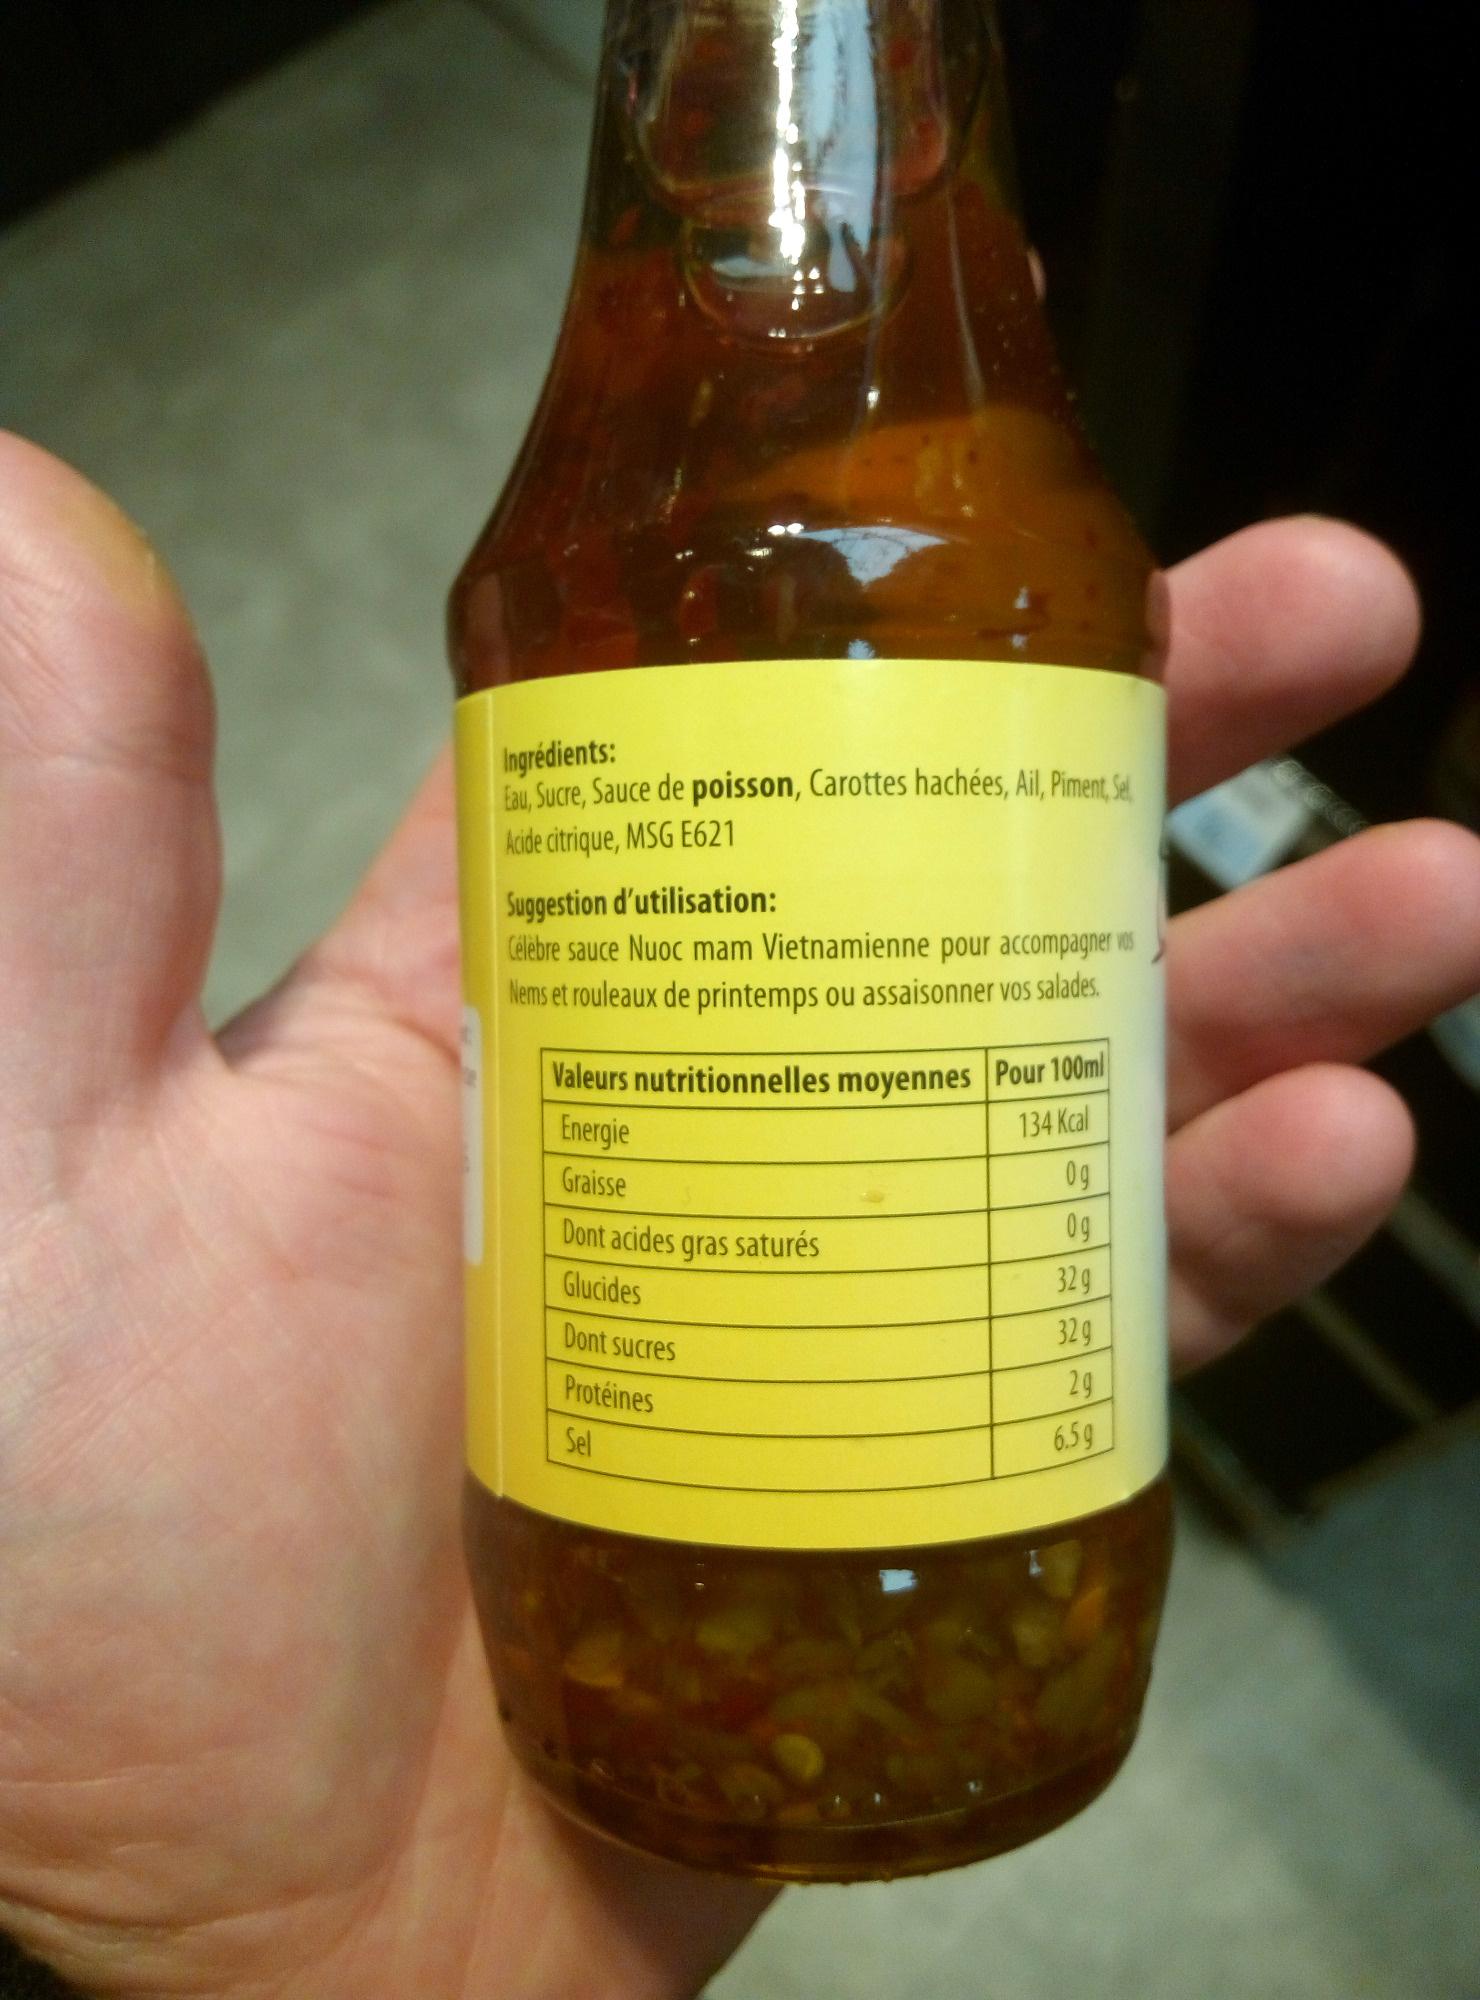
Ingrédients:
Eau, Sucre, Sauce de poisson, Carottes hachées, Ail, Piment, Sel Acide citrique, MSG E621
Suggestion d'utilisation:
Célèbre sauce Nuoc mam Vietnamienne pour accompagner vos Nems et rouleaux de printemps ou assaisonner vos salades.
Valeurs nutritionnelles moyennes Pour 100ml
134 Kcal
Energie
Graisse
Dont acides gras saturés
Glucides
Dont sucres
Protéines
Sel
0g
0g
32g
32g
2g
6.5g